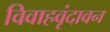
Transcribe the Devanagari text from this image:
विवाहवृंदावन